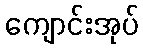
ကျောင်းအုပ်